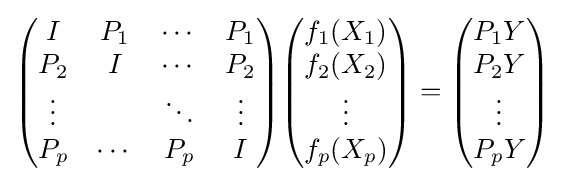
{\begin{pmatrix}I&P_{1}&\cdots &P_{1}\\P_{2}&I&\cdots &P_{2}\\\vdots &&\ddots &\vdots \\P_{p}&\cdots &P_{p}&I\end{pmatrix}}{\begin{pmatrix}f_{1}(X_{1})\\f_{2}(X_{2})\\\vdots \\f_{p}(X_{p})\end{pmatrix}}={\begin{pmatrix}P_{1}Y\\P_{2}Y\\\vdots \\P_{p}Y\end{pmatrix}}